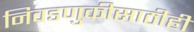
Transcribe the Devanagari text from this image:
निवडणुकीसाठीही